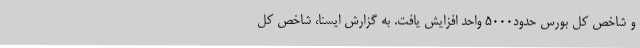
و شاخص کل بورس حدود۵۰۰۰ واحد افزایش یافت. به گزارش ایسنا، شاخص کل